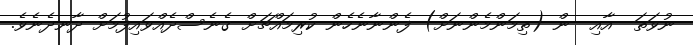
ނުވަތަ  އާއި  ން (ތިމަންމެންނަށް) ފެންނާނެހެން ކުރިމައްޗަށް ގެނެސްދެއްވައިފުމަށް ދާނދެނެވެ.